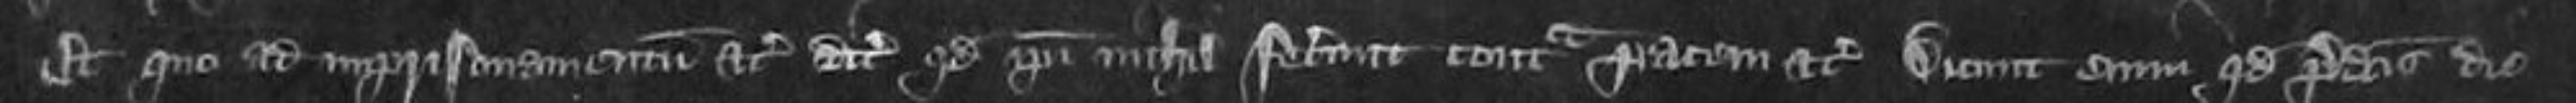
Et quo ad imprisonamentum etc dicunt quod ipsi nichil fecerunt contra pacem etc Dicunt enim quod predictis die